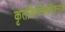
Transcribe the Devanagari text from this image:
कृतकिल्विषविषनाश